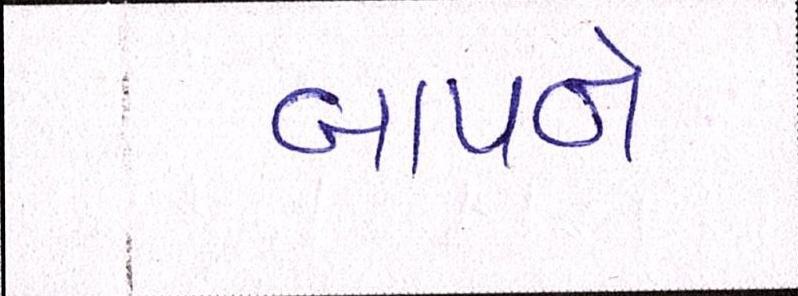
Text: બાપને